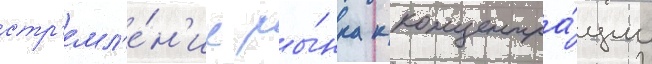
стр'емл'е́н'ие ры́нка к концентра́ции